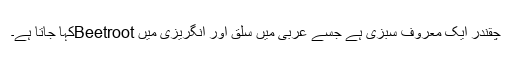
چقندر ایک معروف سبزی ہے جسے عربی میں سلق اور انگریزی میں Beetrootکہا جاتا ہے۔